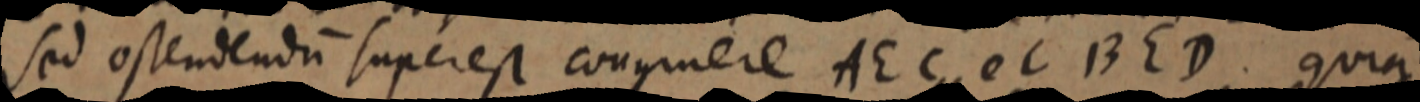
sed ostendendum super est congruere AEC et BED. quia